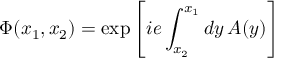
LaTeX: \Phi ( x _ { 1 } , x _ { 2 } ) = \exp \left[ i e \int _ { x _ { 2 } } ^ { x _ { 1 } } d y \, A ( y ) \right]